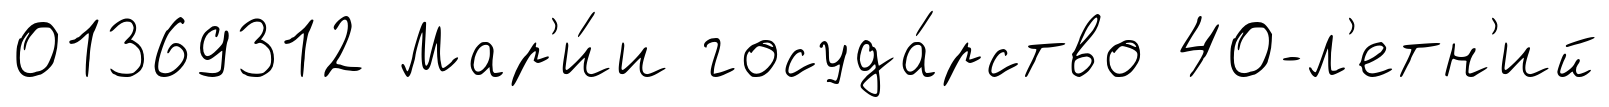
01369312 Мар'и́и госуда́рство 40-л'етн'ий